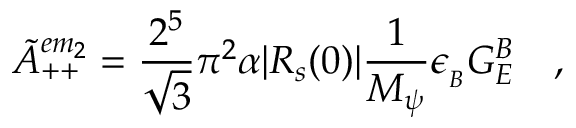
\tilde { A } _ { + + } ^ { e m _ { 2 } } = \frac { 2 ^ { 5 } } { \sqrt { 3 } } \pi ^ { 2 } \alpha | R _ { s } ( 0 ) | \frac { 1 } { M _ { \psi } } \epsilon _ { _ B } G _ { E } ^ { B } \quad ,